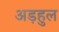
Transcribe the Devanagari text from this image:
अड़हुल